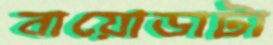
বায়োডাটা